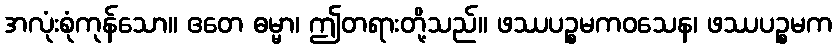
အလုံးစုံကုန်သော။ ဧတေ ဓမ္မာ၊ ဤတရားတို့သည်။ ဖဿပဉ္စမကဝသေန၊ ဖဿပဉ္စမက